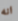
انه